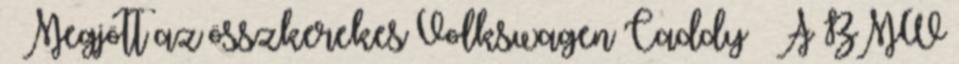
» Megjött az összkerekes Volkswagen Caddy » A BMW